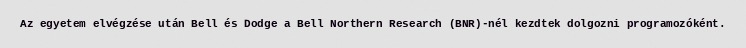
Az egyetem elvégzése után Bell és Dodge a Bell Northern Research (BNR)-nél kezdtek dolgozni programozóként.